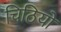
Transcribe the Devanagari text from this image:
चिठियो